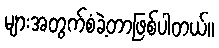
များအတွက်စံခဲ့တာဖြစ်ပါတယ်။